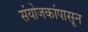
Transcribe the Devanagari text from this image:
संयोजकांपासून